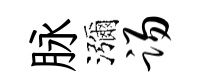
脉瀰踢